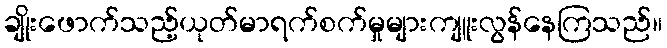
ချိုးဖောက်သည့်ယုတ်မာရက်စက်မှုများကျူးလွန်နေကြသည်။